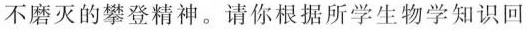
不磨灭的攀登精神。请你根据所学生物学知识回